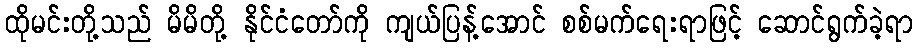
ထိုမင်းတို့သည် မိမိတို့ နိုင်ငံတော်ကို ကျယ်ပြန့်အောင် စစ်မက်ရေးရာဖြင့် ဆောင်ရွက်ခဲ့ရာ